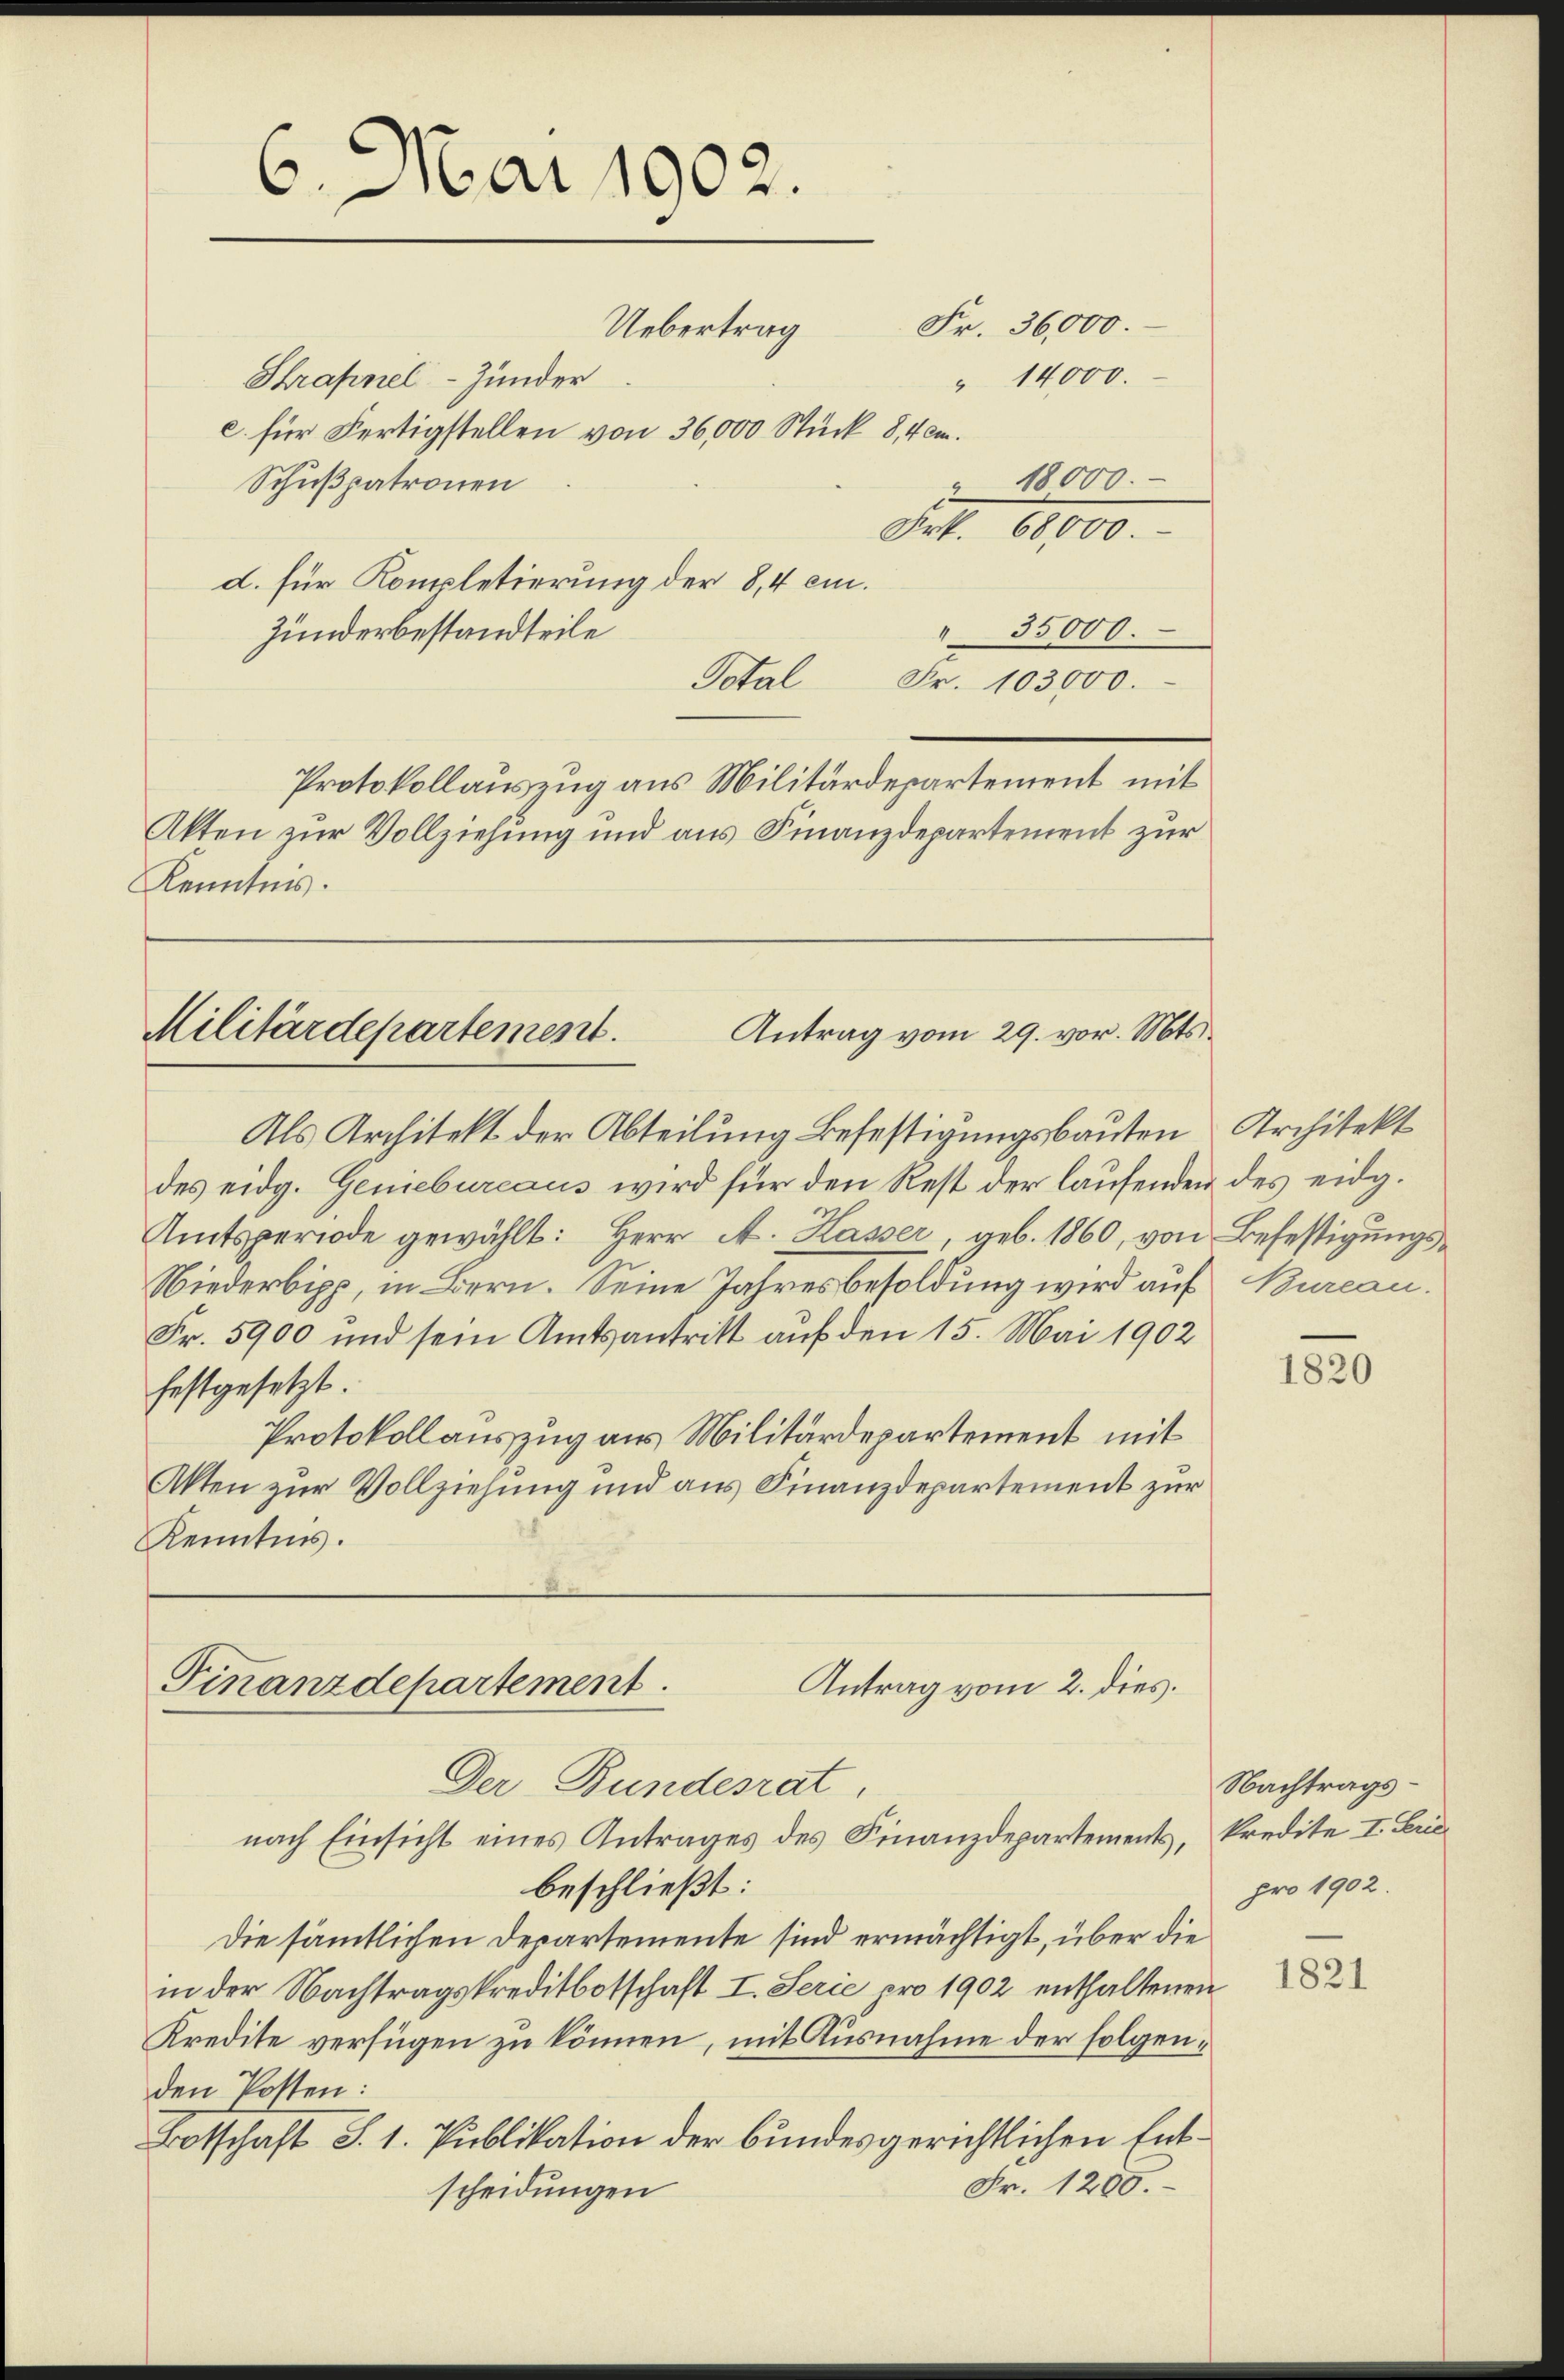
6. Mai 1902.
Fr. 36,000.
Uebertrag
Shrafnel-Zunder
" 14000.
c. für Fertigstellen von 36,000 Stück 8,4cm.
Schußpatronen
 18000.
Frk. 68,000.

d. für Kompletierung der 8,4 cm.
Zunderbestandteile
Total
Fr. 103000.
Protokollauszug aus Militärdepartement mit
Akten zur Vollziehung und aus Finanzdepartement zur
Kenntnis.

Als Architekt der Abteilung Befestigungsbauten Architekt
des eidg. Geniebureaus wird für den Rest der laufenden des eidg.
Amtsperiode gewählt: Herr A. Kasser, geb. 1860, von Befestigungs¬
Niederbipp, in Bern. Seine Jahresbesoldung wird auf Bureau.
Fr. 5900 und sein Amtsantritt auf den 15. Mai 1902
festgesetzt
Protokollauszug aus Militärdepartement mit
Akten zur Vollziehung und aus Finanzdepartement zur
Kenntnis.

35000.

Militärdepartement.
Antrag vom 29. vor. Mts.

Antrag vom 2. dies.
Finanzdepartement
Der Bundesrat
nach Einsicht eines Antrages des Finanzdepartements, kredite I. Frie¬

beschließt:
Die sämtlichen Departemente sind ermächtigt, über die
in der Nachtragskreditbotschaft I. Serie pro 1902 enthaltenen
Kredite verfügen zu können, mit Ausnahme der folgenden Posten:
Botschaft S. 1. Publikation der bundesgerichtlichen Ent¬
Fr. 1200.
scheidungen

1820

Nachtragspro 1902.

1821